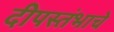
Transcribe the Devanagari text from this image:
दीपस्तंभाचे